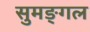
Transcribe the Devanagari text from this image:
सुमङ्गल